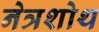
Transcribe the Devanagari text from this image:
नेत्रशोथ